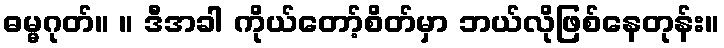
ဓမ္မဂုတ်။ ။ ဒီအခါ ကိုယ်တော့်စိတ်မှာ ဘယ်လိုဖြစ်နေတုန်း။